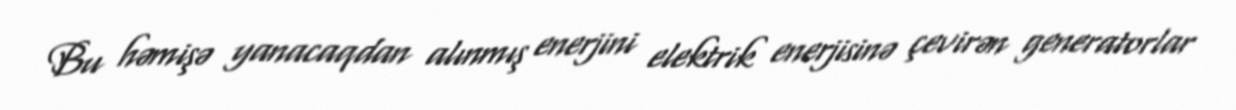
Bu həmişə yanacaqdan alınmış enerjini elektrik enerjisinə çevirən generatorlar